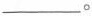
_______。